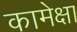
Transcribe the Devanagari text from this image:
कामेक्षा